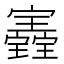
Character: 𡬀